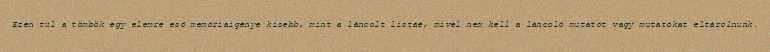
Ezen túl a tömbök egy elemre eső memóriaigénye kisebb, mint a láncolt listáé, mivel nem kell a láncoló mutatót vagy mutatókat eltárolnunk.